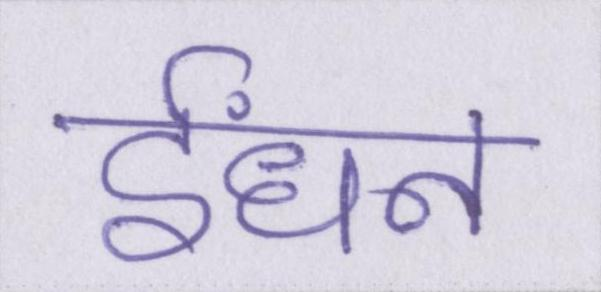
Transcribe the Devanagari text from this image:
ईंधन